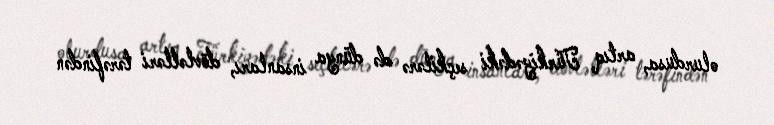
olurdusa, artıq Türkiyədəki seçkilərə də dünya insanları, dövlətləri tərəfindən